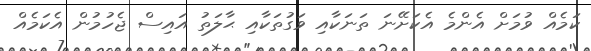
ކަމެއް ވުމަށް އެންމެ އެކަށޭނަ ތަނަކާއި ވަގުތަކާއި ޙާލަތު އައިސް ޖެހުމުން އެކަމެއް